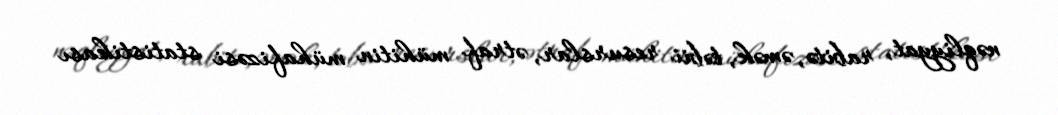
nəqliyyat, rabitə, əmək, təbii resurslar, ətraf mühitin mühafizəsi statistikası